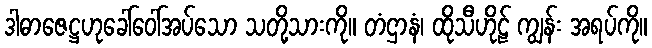
ဒါဓာဇေဋ္ဌဟုခေါ်ဝေါ်အပ်သော သတို့သားကို။ တံဌာနံ၊ ထိုသီဟိုဠ် ကျွန်း အရပ်ကို။